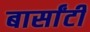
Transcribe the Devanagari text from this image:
बार्सांटी